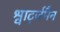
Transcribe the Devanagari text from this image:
श्वार्ट्जमैन